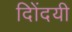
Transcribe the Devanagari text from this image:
दिोंदयी